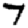
Digit: 7